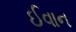
ઈવાન